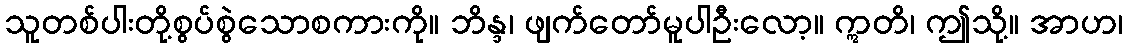
သူတစ်ပါးတို့စွပ်စွဲသောစကားကို။ ဘိန္ဒ၊ ဖျက်တော်မူပါဦးလော့။ ဣတိ၊ ဤသို့။ အာဟ၊